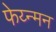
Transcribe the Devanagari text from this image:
फेय्न्मन